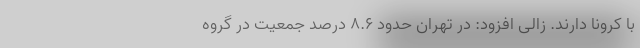
با کرونا دارند. زالی افزود: در تهران حدود ۸.۶ درصد جمعیت در گروه